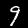
Label: 9